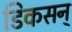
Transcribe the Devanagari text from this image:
डिकसन्